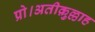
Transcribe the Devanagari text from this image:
प्रो।अतीक़ुल्लाह